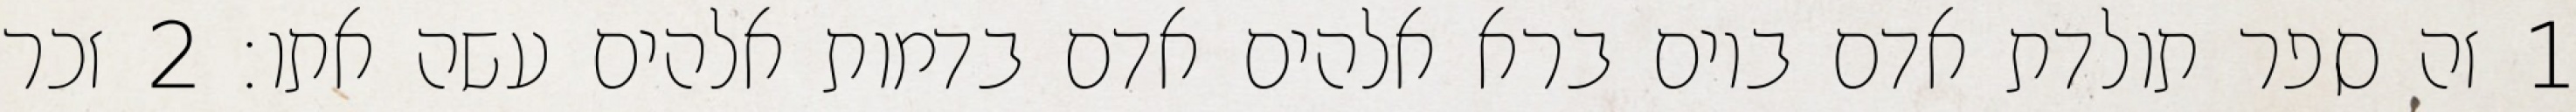
1 זה ספר תולדת אדם ביום ברא אלהים אדם בדמות אלהים עשה אתו׃ ‎2‏ זכר